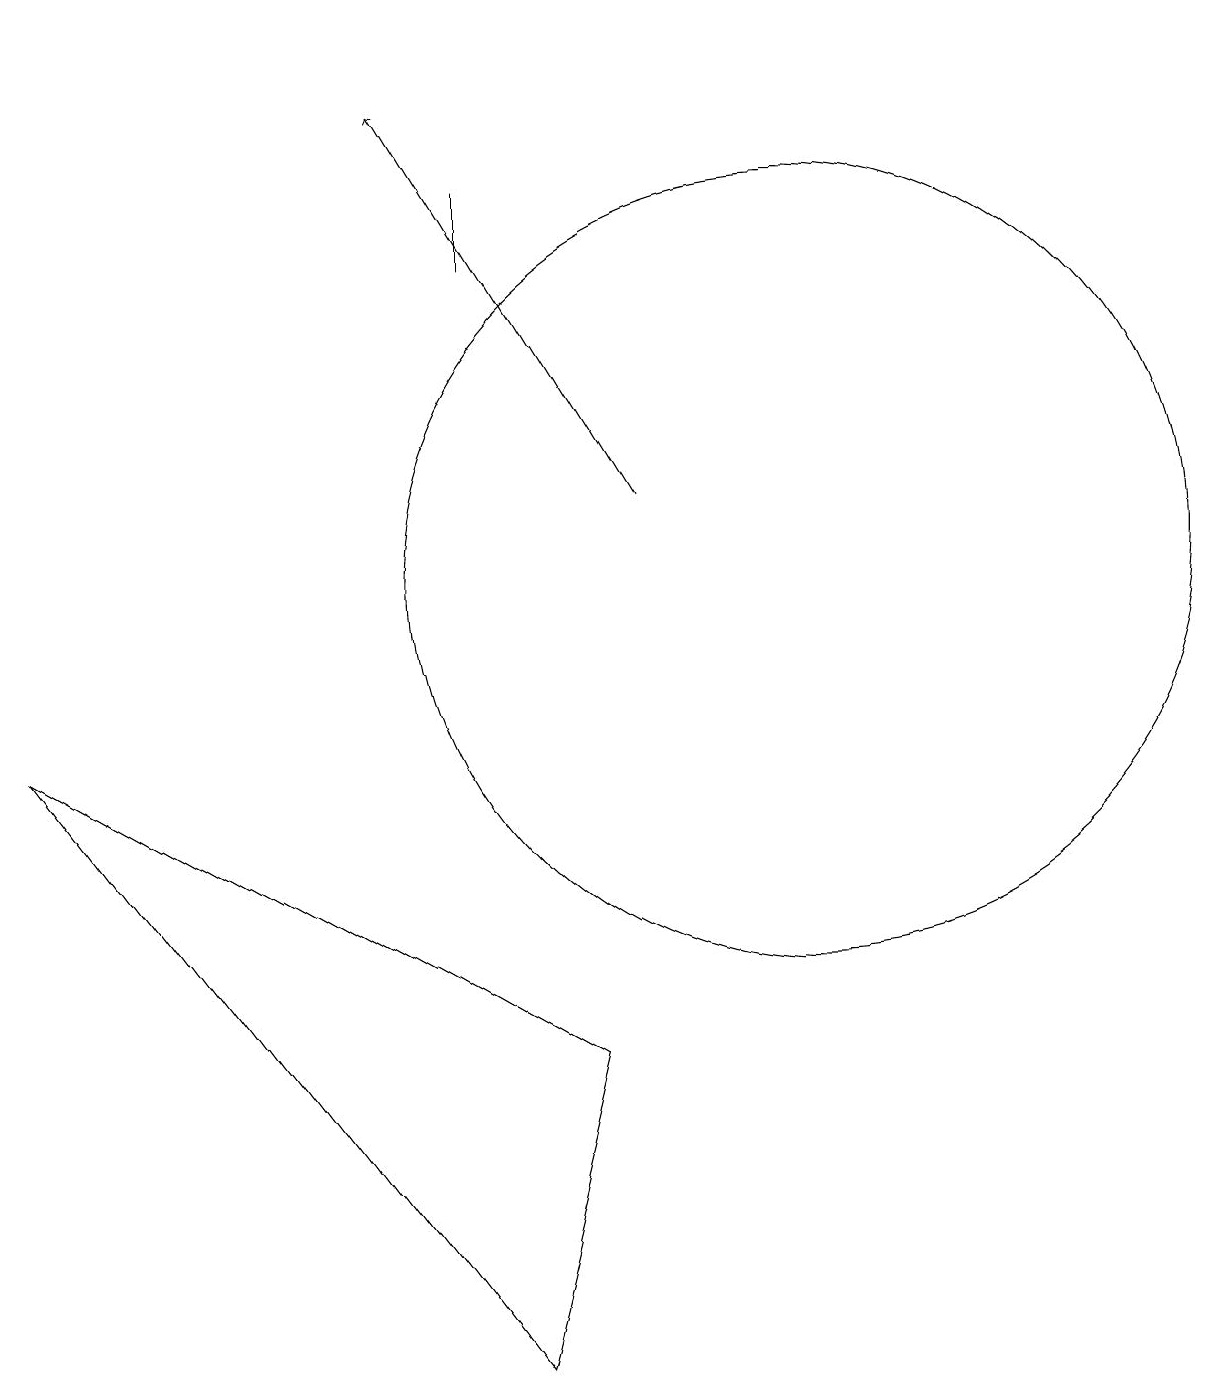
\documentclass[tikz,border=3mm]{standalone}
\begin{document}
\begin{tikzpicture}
\draw (7,15) rectangle (7,14);
\draw (7,0) -- (1,8) -- (8,4) -- cycle;
\draw (11,10) circle (5);
\draw (4,17) rectangle (4,17);
\draw[->] (9,11) -- (6,16);
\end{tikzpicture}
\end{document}